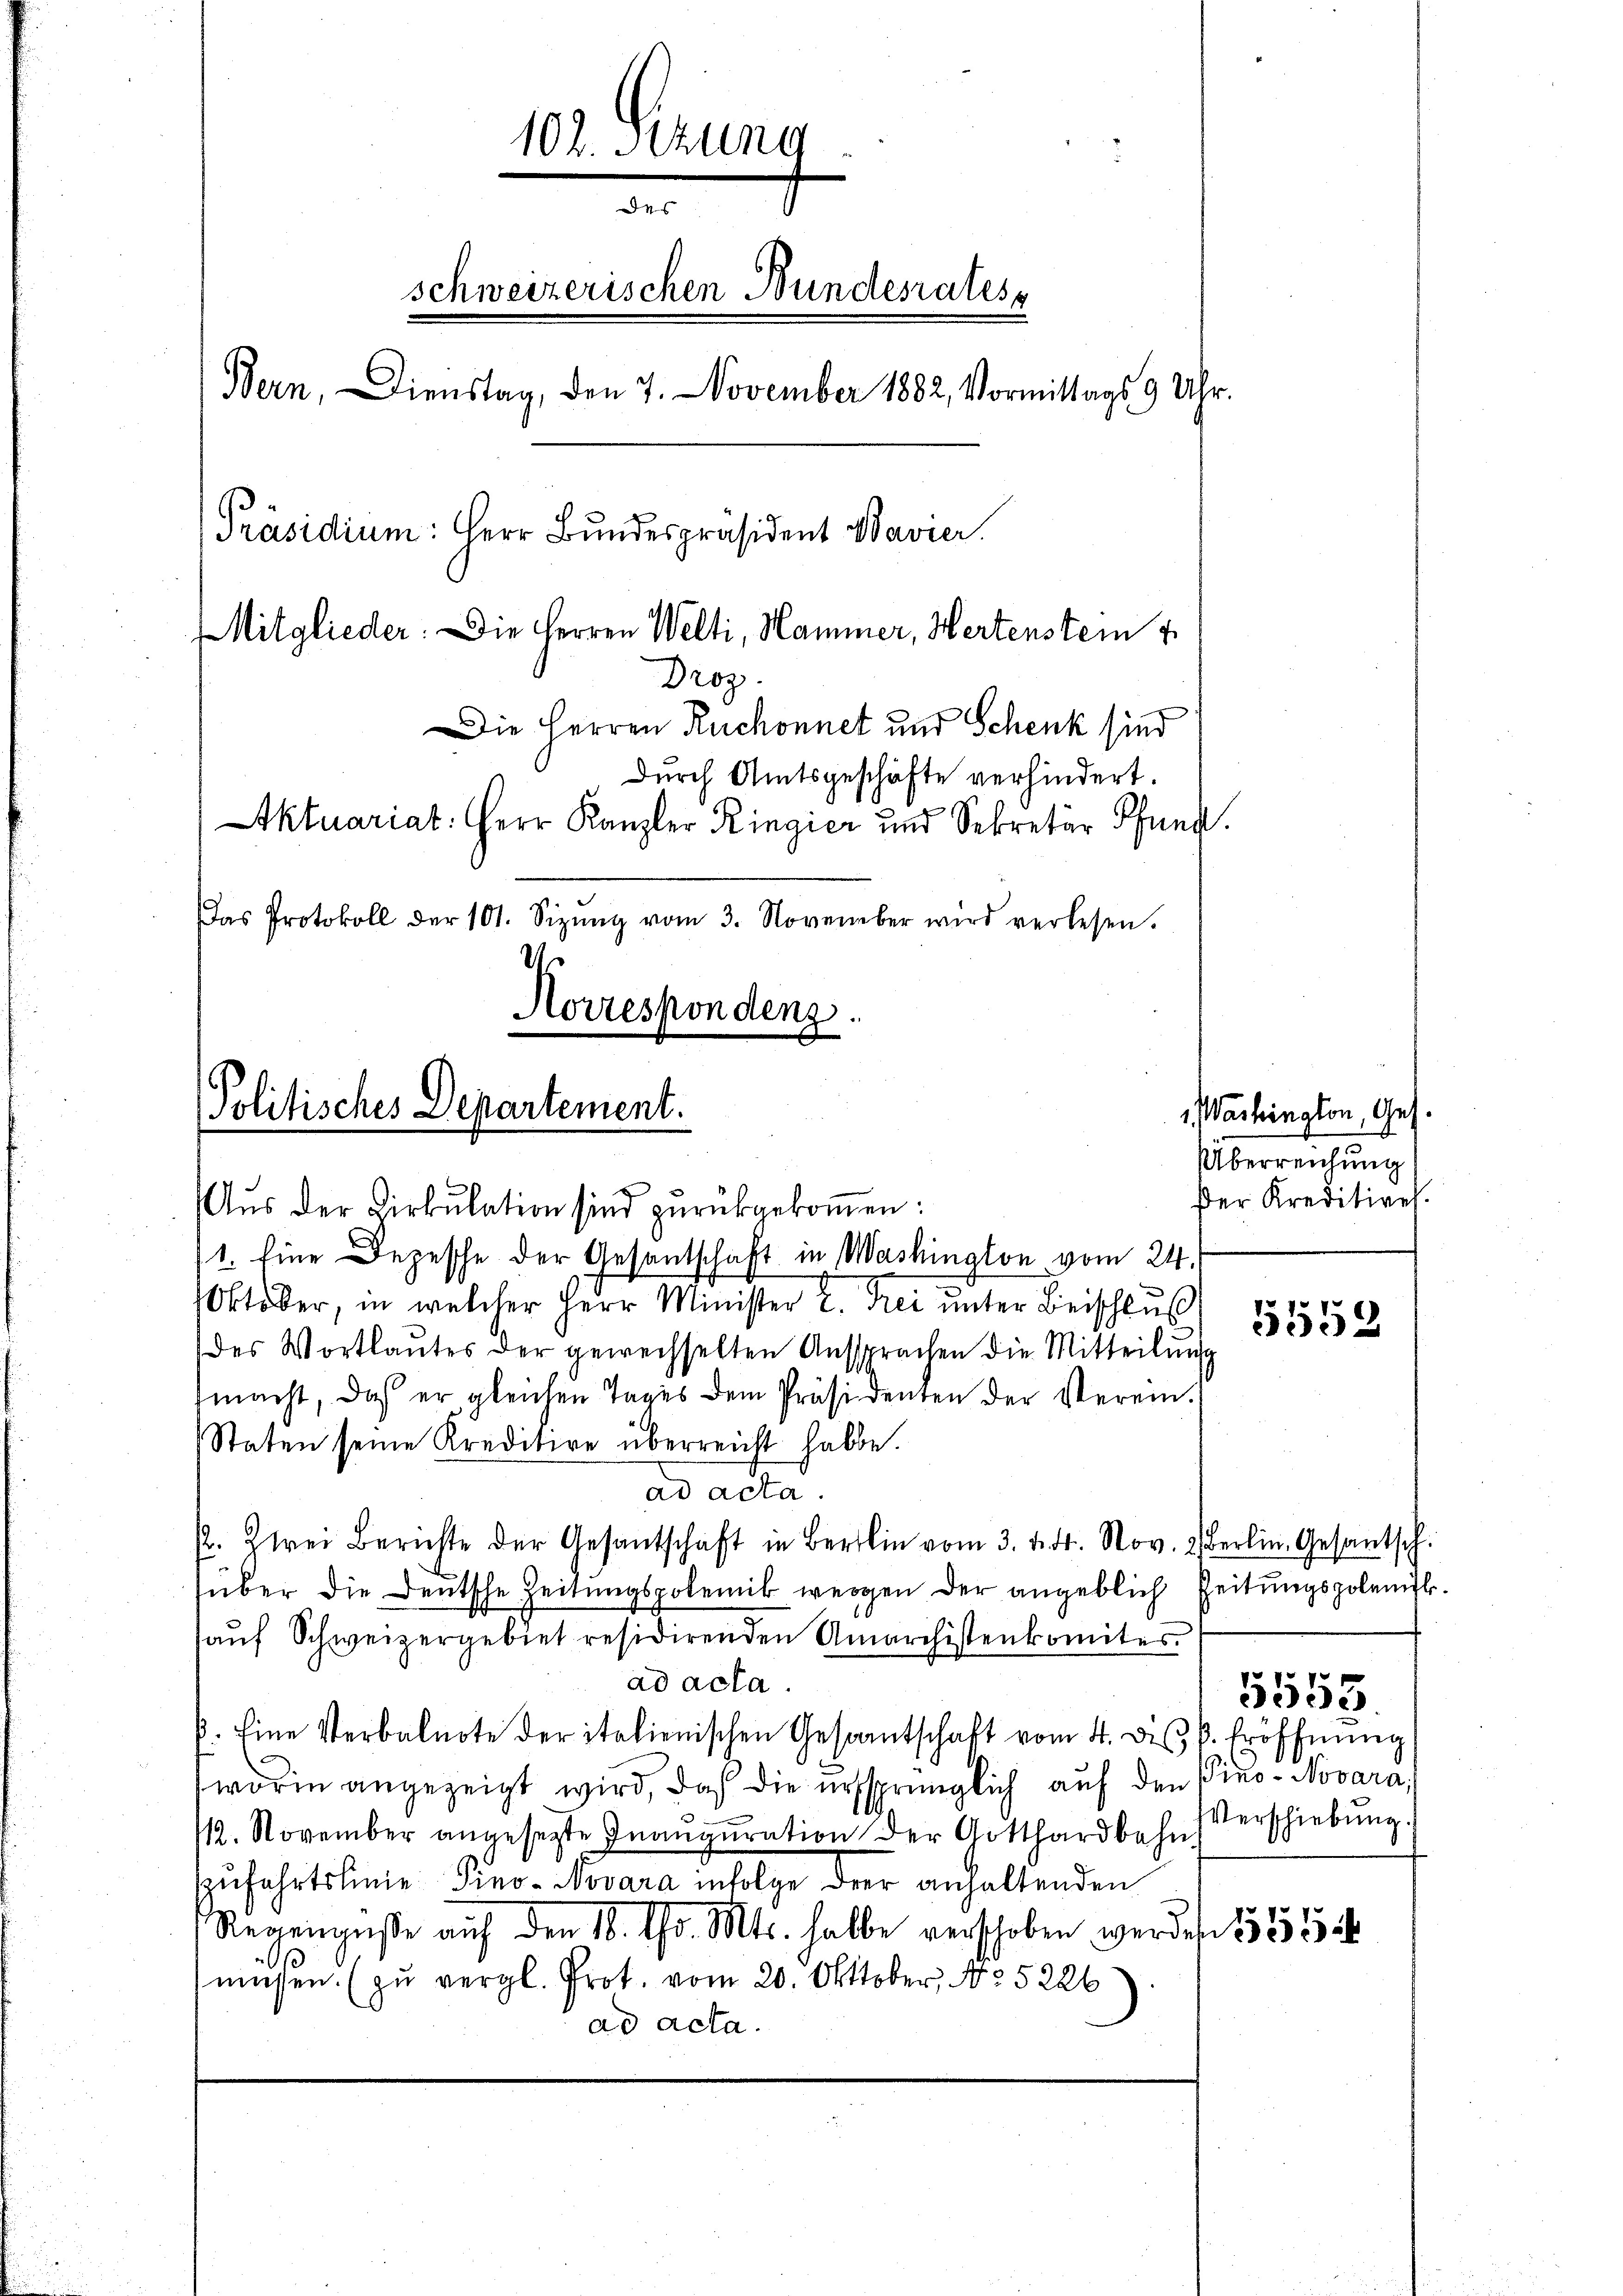
102. Setzung
des
schweizerischen Bundesrates
Bern, Dienstag, den 7. November 1882, Vormittags 9 Uhr.
Präsidium: Herr Bundespräsident Bavier
Mitglieder: Die Herren Welti, Hammer, Hertenstein
Droz.
Die Herren Ruchonnet und Schenk sind
Durch Amtsgeschäfte verhindert.
tktuariat: Herr Kanzler Ringier und Sekretär Pfand.
Das Protokoll der 101. Sizŭng vom 3. November wird verlesen.
d
Korrespondenz.

Politisches Departement.

Aŭs der Zirkŭlation sind zŭrückgekoṁen:
1. Eine Depesche der Gesantschaft in Washington vom 24.
Oktober, in welcher Herr Minister 2. Frei unter Beischluß
des Wortlautes der gewechselten Aŭssprachen die Mitteilŭng
macht, daß er gleichen Tages dem Präsidenten der Verein.
Staten seine Kreditive überreicht habe.
ad acta.
. Zwei Berichte der Gesantschaft in Berli vom 3. d. d. Nov. Berlin. Gesantsch.
über die Deutsche Zeitungspolemik weggen der angeblich Zeitungspolenfl.
auf Schweizergebiet residirenden Anarchistenkomites.
ad acta.
5553.
1. Eine Verbalnote der italienischen Gesantschaft vom 4. des k. Eröffnung
worin angezeigt wird, daß die ursprünglich auf den Vino- Novara,
Verschiebung.
112. November angesetzte Inauguration der Gotthardbahn
zufahrtslinie Pino- Novara infolge drei anhaltenden
Regengüße auf den 16. ds. Mts. halbe verschoben werden 1553
müssen. (zŭ vergl. Prot. vom 20. Okttober, No. 5226).
ad acta.

1. Washington, Ges.
Überreichung
ßer Kreditives.

5559